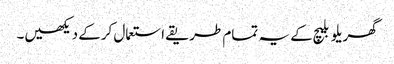
گھریلو بلیچ کے یہ تمام طریقے استعمال کرکے دیکھیں۔